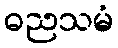
ဓညသမံ